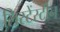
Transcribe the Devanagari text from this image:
लिस्टेंस्टीन